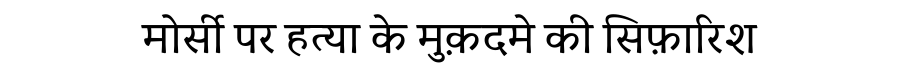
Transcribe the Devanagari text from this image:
मोर्सी पर हत्या के मुक़दमे की सिफ़ारिश